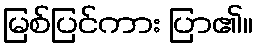
မြစ်ပြင်ကား ပြာ၏။